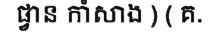
ផ្វាន កាំសាង ) ( គ.